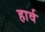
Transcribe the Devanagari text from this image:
हार्व